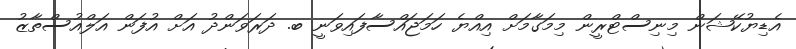
އެޑިޔުކޭޝަން މިނިސްޓްރީން މިމަގާމަށް އިއްޔެ ހަމަޖައްސާފައިވަނީ ބ. ދަރަވަންދު އަށް އުފަން އަލްއުސްތާޒު